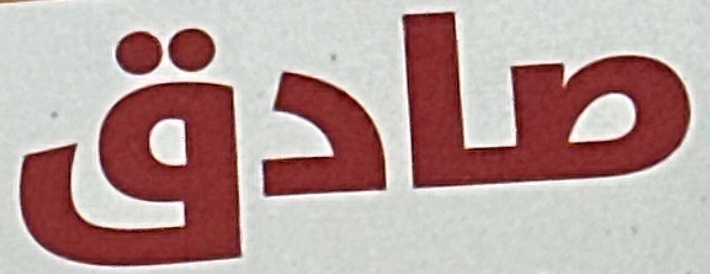
صادق